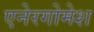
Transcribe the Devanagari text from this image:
एनेरगोमेश